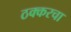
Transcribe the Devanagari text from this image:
ठक्करचा